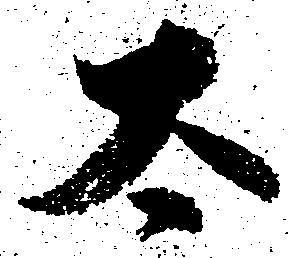
太